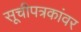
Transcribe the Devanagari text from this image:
सूचीपत्रकांवर